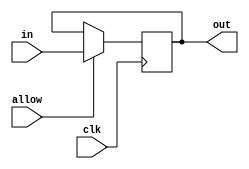
//D Flip Flop with enabling property

module DFlipFlopAllow(clk, allow, in, out) ;
  parameter width = 1;  // width
  input clk, allow ;
  input [width-1:0] in ;
  output [width-1:0] out ;
  reg [width-1:0] out ;
  wire [width-1:0] toBeUpdated;

assign toBeUpdated = allow? in : out; //only update if allowed

  always @(posedge clk) 
    out = toBeUpdated ; 
endmodule